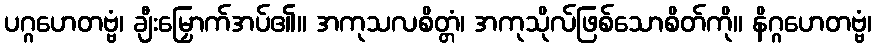
ပဂ္ဂဟေတဗ္ဗံ၊ ချီးမြှောက်အပ်၏။ အကုသလစိတ္တံ၊ အကုသိုလ်ဖြစ်သောစိတ်ကို။ နိဂ္ဂဟေတဗ္ဗံ၊